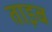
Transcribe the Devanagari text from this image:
ताइब